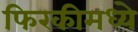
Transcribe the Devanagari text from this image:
फिरकीमध्ये